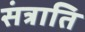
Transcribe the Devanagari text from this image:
संत्राति